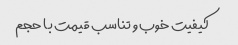
کیفیت خوب و تناسب قیمت با حجم